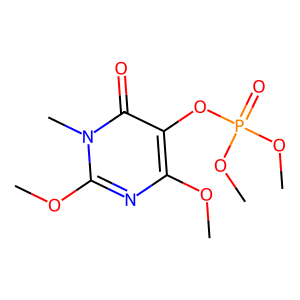
SMILES: COc1nc(OC)n(C)c(=O)c1OP(=O)(OC)OC
Inhibits HIV replication: No